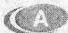
A